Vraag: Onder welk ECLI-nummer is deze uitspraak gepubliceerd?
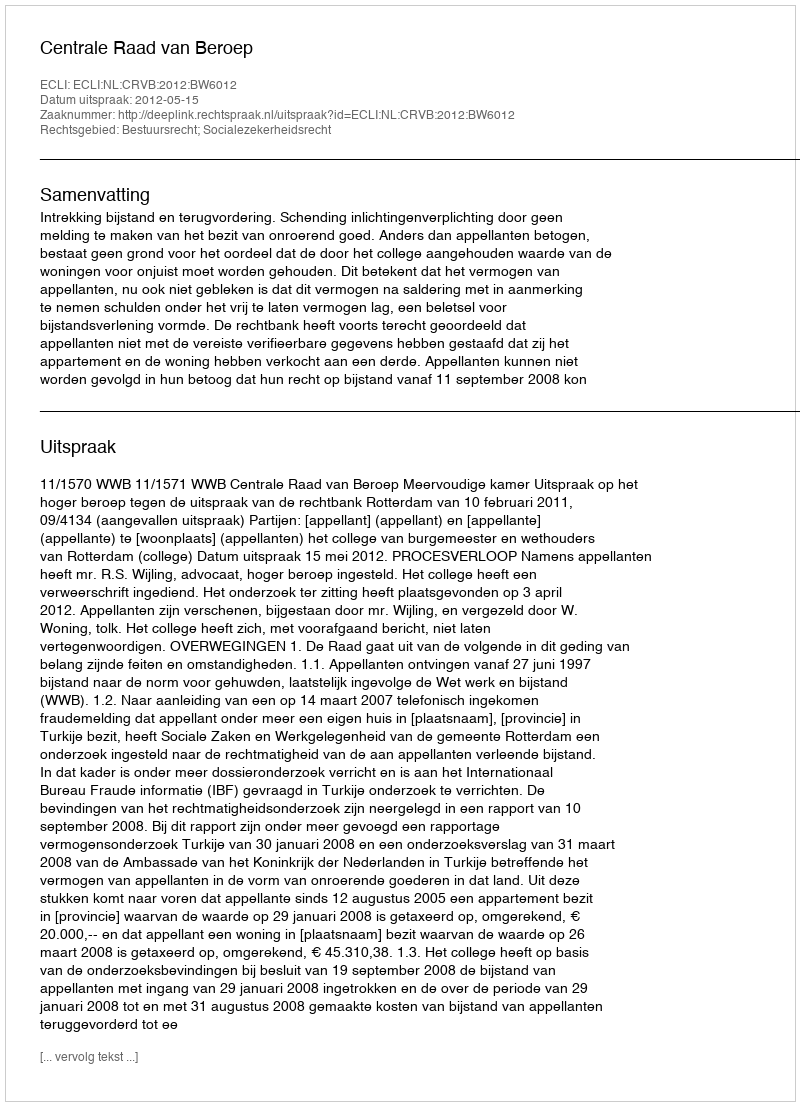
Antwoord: ECLI:NL:CRVB:2012:BW6012